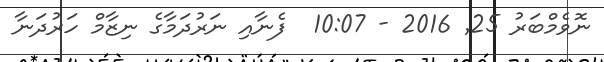
ނޮވެމްބަރު 25